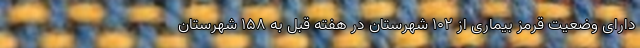
دارای وضعیت قرمز بیماری از ۱۰۲ شهرستان در هفته قبل به ۱۵۸ شهرستان